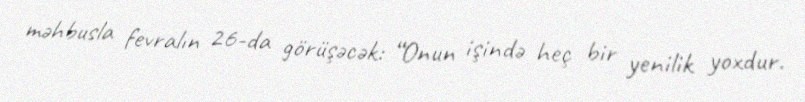
məhbusla fevralın 26-da görüşəcək: “Onun işində heç bir yenilik yoxdur.